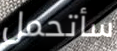
سأتحمل